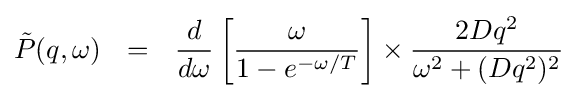
{\tilde {P}}(q,\omega )\ \ =\ \ {\frac {d}{d\omega }}\left[{\frac {\omega }{1-e^{-\omega /T}}}\right]\times {\frac {2Dq^{2}}{\omega ^{2}+(Dq^{2})^{2}}}